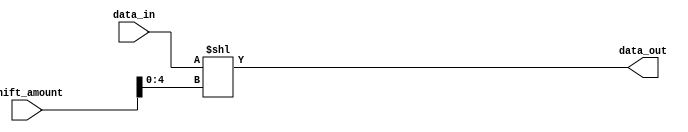
module left_shift(
	input [31:0] data_in,
	input [31:0] shift_amount,
	output [31:0] data_out
);

	assign data_out = data_in << shift_amount[4:0]; //max shift amount is 5 bits for 32 bit values
	
endmodule